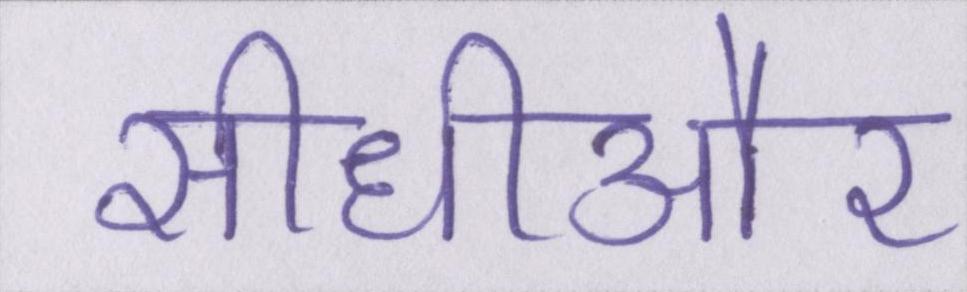
सीधीऔर